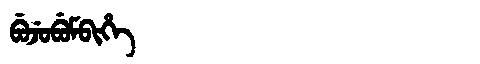
Manchu: ᠪᡠᠵᡠᠪᡠᠮᠪᡳᡥᡝ
Romanization: BUJUBUMBIHE